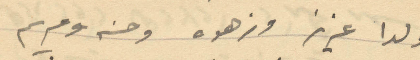
ولدا عزيز وزهوه وحنه ومريم